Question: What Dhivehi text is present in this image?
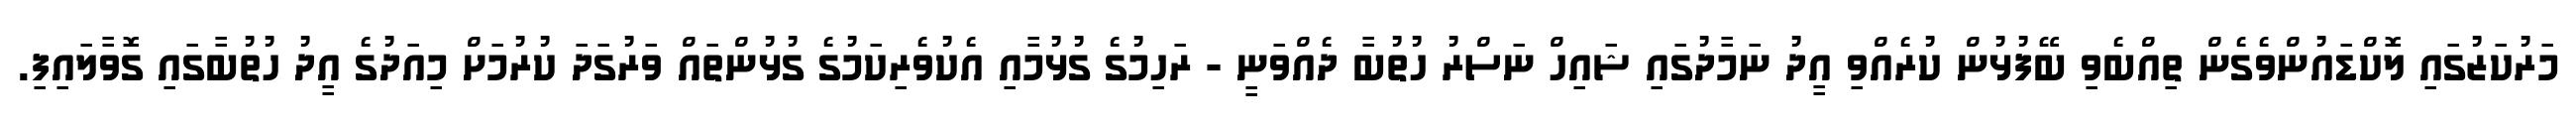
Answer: މަރުކަޒުގައި ލޮކްޑައުންވެގެން ތިއްބެވި ބޭފުޅުން ކުރެއްވި އީދު ނަމާދުގައި ޝައިހް ނަސްރު ހުތުބާ ދެއްވަނީ - ރަހިމުގެ ގުޅުމާއި އެކުވެރިކަމުގެ ގުޅުންތައް ވަރުގަދަ ކުރުމަށް މިއަދުގެ އީދު ހުތުބާގައި ގޮވާލައިފި.